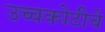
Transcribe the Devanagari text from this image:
उच्चकोटीचे